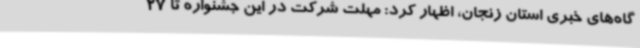
گاه‌های خبری استان زنجان، اظهار کرد: مهلت شرکت در این جشنواره تا 27